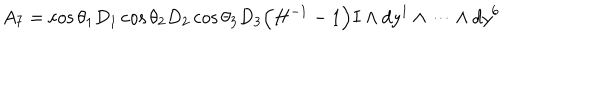
LaTeX: A _ { 7 } = \cos \theta _ { 1 } D _ { 1 } \cos \theta _ { 2 } D _ { 2 } \cos \theta _ { 3 } D _ { 3 } \Big ( H ^ { - 1 } - 1 \Big ) I \wedge d y ^ { 1 } \wedge \cdots \wedge d y ^ { 6 }